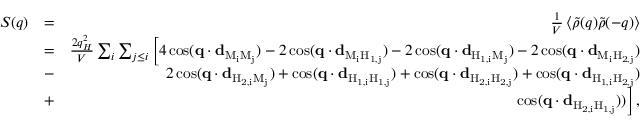
\begin{array} { r l r } { S ( q ) } & { = } & { \frac { 1 } { V } \left\langle \tilde { \rho } ( q ) \tilde { \rho } ( - q ) \right\rangle } \\ & { = } & { \frac { 2 q _ { H } ^ { 2 } } { V } \sum _ { i } \sum _ { j \leq i } \Big [ 4 \cos ( \mathbf { q } \cdot \mathbf { d } _ { \mathrm { M _ { i } M _ { j } } } ) - 2 \cos ( \mathbf { q } \cdot \mathbf { d } _ { \mathrm { M _ { i } H _ { 1 , j } } } ) - 2 \cos ( \mathbf { q } \cdot \mathbf { d } _ { \mathrm { H _ { 1 , i } M _ { j } } } ) - 2 \cos ( \mathbf { q } \cdot \mathbf { d } _ { \mathrm { M _ { i } H _ { 2 , j } } } ) } \\ & { - } & { 2 \cos ( \mathbf { q } \cdot \mathbf { d } _ { \mathrm { H _ { 2 , i } M _ { j } } } ) + \cos ( \mathbf { q } \cdot \mathbf { d } _ { \mathrm { H _ { 1 , i } H _ { 1 , j } } } ) + \cos ( \mathbf { q } \cdot \mathbf { d } _ { \mathrm { H _ { 2 , i } H _ { 2 , j } } } ) + \cos ( \mathbf { q } \cdot \mathbf { d } _ { \mathrm { H _ { 1 , i } H _ { 2 , j } } } ) } \\ & { + } & { \cos ( \mathbf { q } \cdot \mathbf { d } _ { \mathrm { H _ { 2 , i } H _ { 1 , j } } } ) ) \Big ] \, , } \end{array}